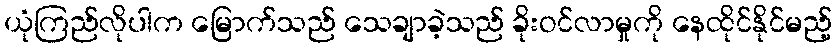
ယုံကြည်လိုပါက မြောက်သည် သေချာခဲ့သည် ခိုးဝင်လာမှုကို နေထိုင်နိုင်မည့်